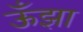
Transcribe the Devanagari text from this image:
ऊँझा